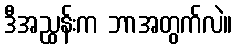
ဒီအညွှန်းက ဘာအတွက်လဲ။